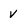
Character: v